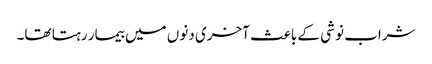
شراب نوشی کے باعث آخری دنوں میں بیمار رہتا تھا۔